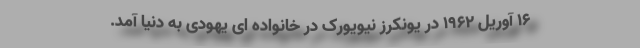
16 آوریل 1962 در یونکرز نیویورک در خانواده ای یهودی به دنیا آمد.